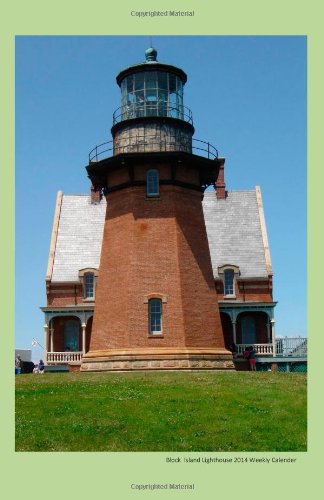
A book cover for Block Island Lighthouse 2014 Weekly Calender: 2014 weekly calendar with photo of the Block Island Lighthouse; K Rose; Calendars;